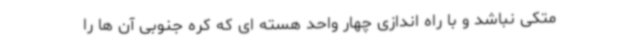
متکی نباشد و با راه اندازی چهار واحد هسته ای که کره جنوبی آن ها را